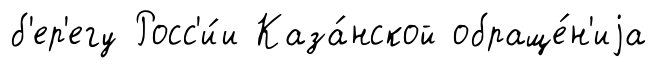
б'ер'егу Росс'и́и Каза́нской обраще́н'иjа